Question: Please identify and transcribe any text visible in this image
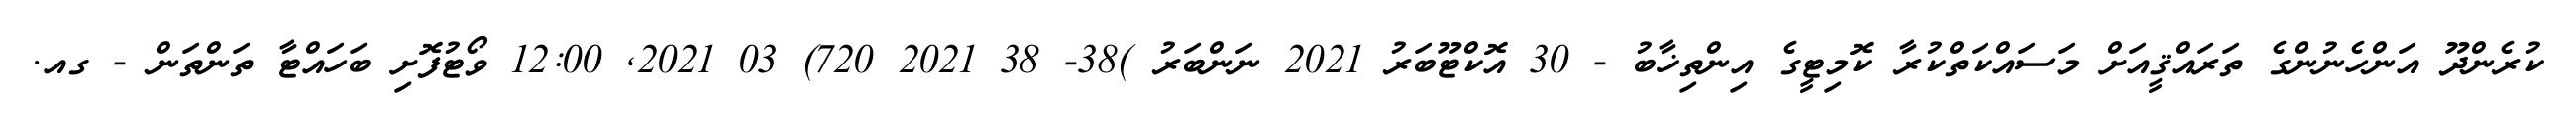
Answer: ކުރެންދޫ އަންހެނުންގެ ތަރައްޤީއަށް މަސައްކަތްކުރާ ކޮމިޓީގެ އިންތިޚާބު - 30 އޮކްޓޫބަރު 2021 ނަންބަރު )38- 38 2021 720) 03 2021, 12:00 ވޯޓުފޮށި ބަހައްޓާ ތަންތަން - ގއ.